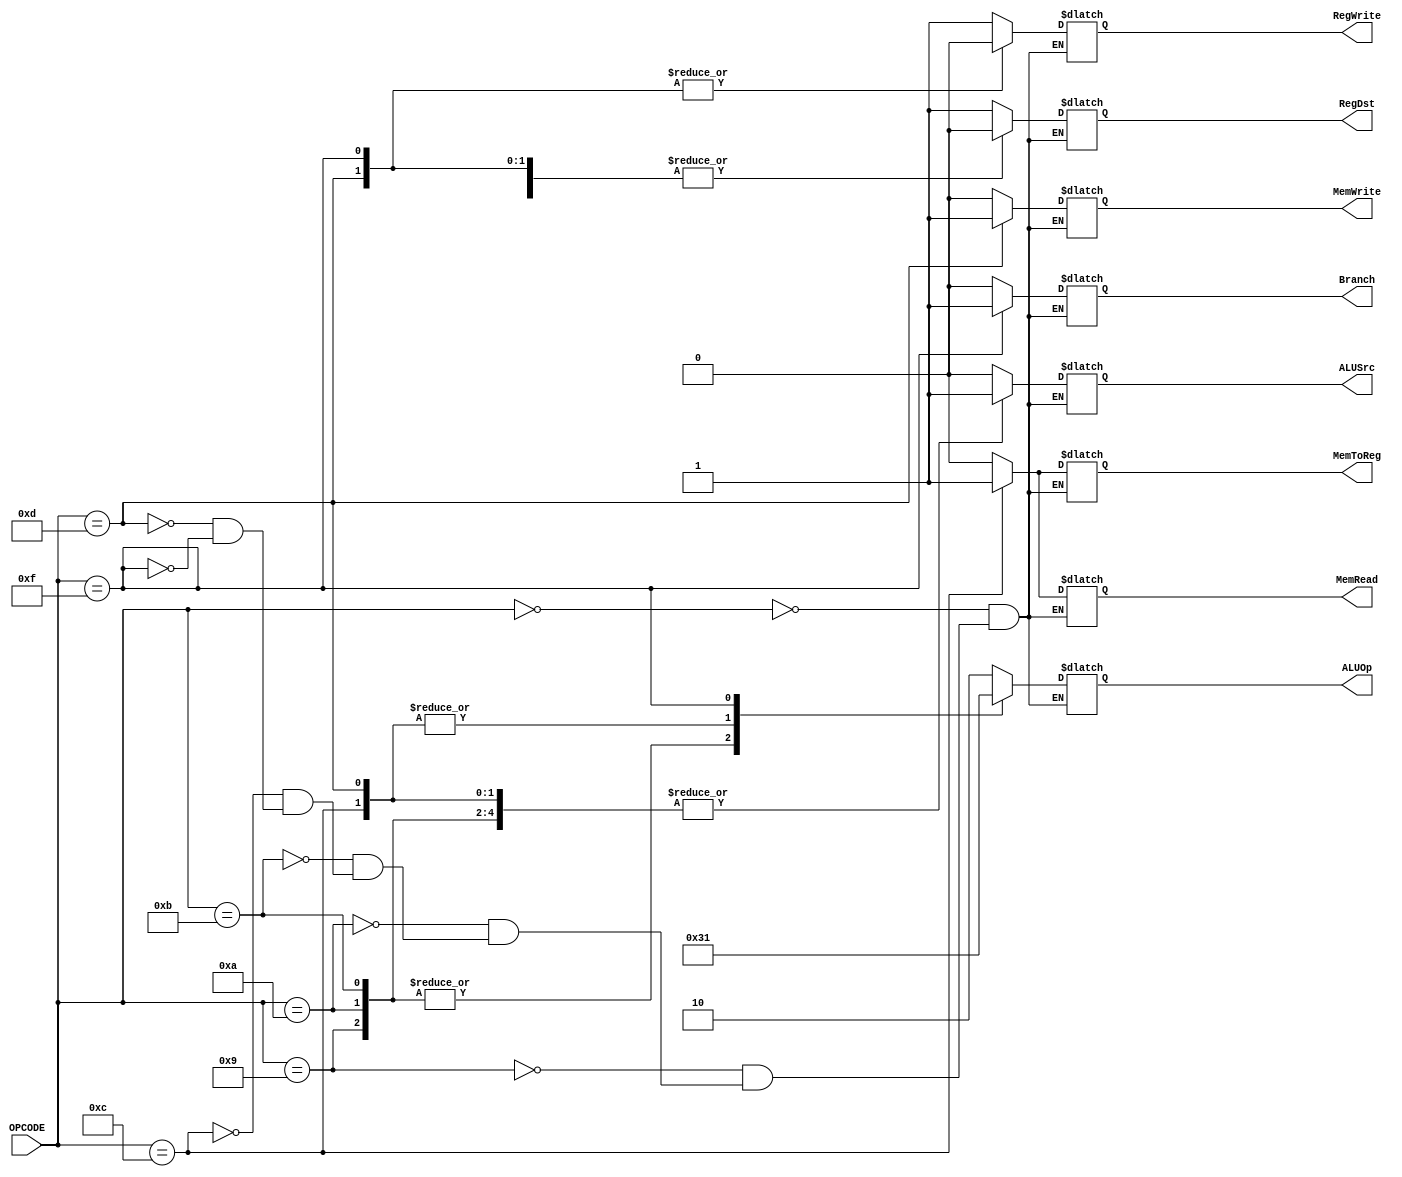
`timescale 1ns / 1ps
//////////////////////////////////////////////////////////////////////////////////
// Company: 
// Engineer: 
// 
// Design Name: 
// Module Name: ControlUnit
// Project Name: 
// Target Devices: 
// Tool Versions: 
// Description: 
// 
// Dependencies: 
// 
// Revision:
// Revision 0.01 - File Created
// Additional Comments:
// 
//////////////////////////////////////////////////////////////////////////////////


module ControlUnit(
    input [3:0] OPCODE,
    output reg RegDst,
    output reg Branch,
    output reg RegWrite,
    output reg MemToReg,
    output reg MemRead,
    output reg MemWrite,
    output reg ALUSrc,
    output reg [1:0] ALUOp
);

always @(OPCODE)
begin
    case(OPCODE)
        4'b0000:  // R-Format
            begin
                RegDst = 1'b1;
                ALUSrc = 1'b0;
                MemToReg = 1'b0;
                RegWrite = 1'b1;
                MemRead = 1'b0;
                MemWrite = 1'b0;
                ALUOp = 2'b10;
                Branch = 1'b0;
            end

        4'b1001:  // ADDI
            begin
                RegDst = 1'b0;
                ALUSrc = 1'b1;
                MemToReg = 1'b0;
                RegWrite = 1'b1;
                MemRead = 1'b0;
                MemWrite = 1'b0;
                ALUOp = 2'b11;
                Branch = 1'b0;
            end

        4'b1010:  // SUBI
            begin
                RegDst = 1'b0;
                ALUSrc = 1'b1;
                MemToReg = 1'b0;
                RegWrite = 1'b1;
                MemRead = 1'b0;
                MemWrite = 1'b0;
                ALUOp = 2'b11;
                Branch = 1'b0;
            end

        4'b1011:  // SLTI
            begin
                RegDst = 1'b0;
                ALUSrc = 1'b1;
                MemToReg = 1'b0;
                RegWrite = 1'b1;
                MemRead = 1'b0;
                MemWrite = 1'b0;
                ALUOp = 2'b11;
                Branch = 1'b0;
            end

        4'b1100:  // LW
            begin
                RegDst = 1'b0;
                ALUSrc = 1'b1;
                MemToReg = 1'b1;
                RegWrite = 1'b1;
                MemRead = 1'b1;
                MemWrite = 1'b0;
                ALUOp = 2'b00;
                Branch = 1'b0;
            end

        4'b1101:  // SW
            begin
                RegDst = 1'b0;
                ALUSrc = 1'b1;
                MemToReg = 1'b0;
                RegWrite = 1'b0;
                MemRead = 1'b0;
                MemWrite = 1'b1;
                ALUOp = 2'b00;
                Branch = 1'b0;
            end

        4'b1111:  // BEQ
            begin
                RegDst = 1'b0;
                ALUSrc = 1'b0;
                MemToReg = 1'b0;
                RegWrite = 1'b0;
                MemRead = 1'b0;
                MemWrite = 1'b0;
                ALUOp = 2'b01;
                Branch = 1'b1;
            end
    endcase
end

endmodule